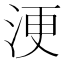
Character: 浭